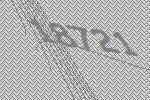
18721